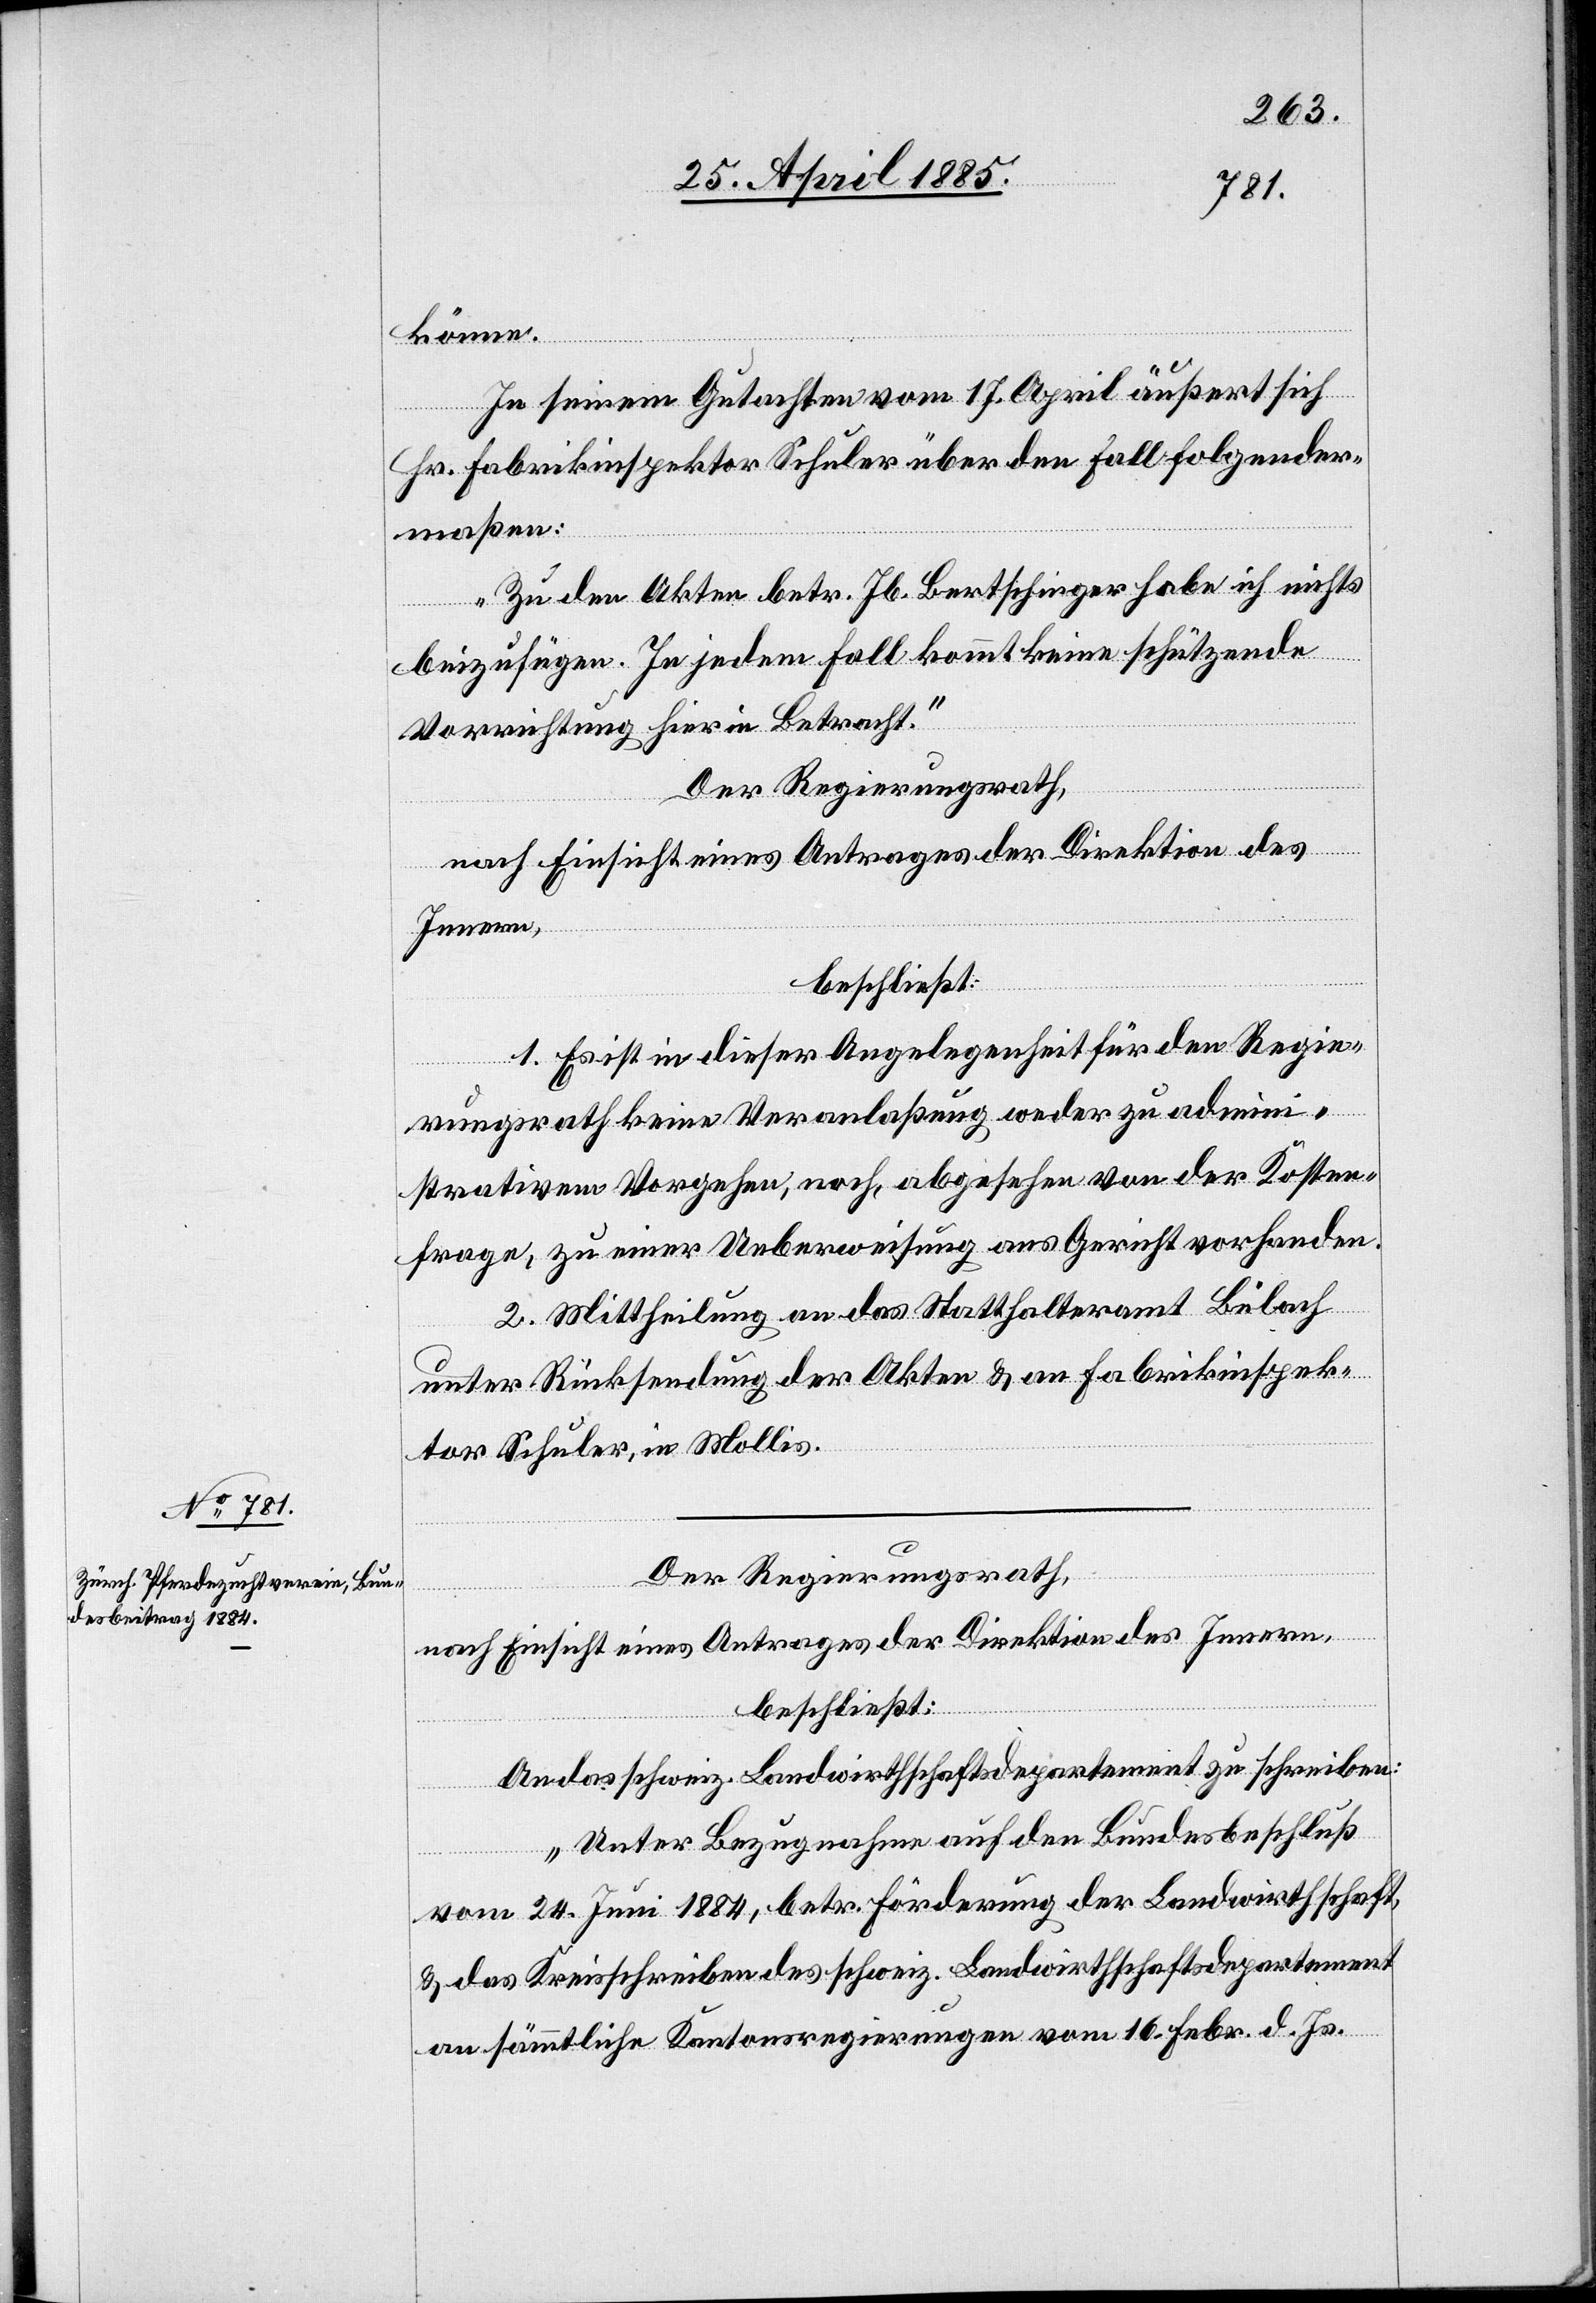
könne.
In seinem Gutachten vom 17. April äußert sich
Hr. Fabrikinspektor Schuler über den Fall folgender¬
maßen:
„Zu den Akten betr. Jb. Bertschinger habe ich nichts
beizufügen. In jedem Fall kommt keine schützende
Vorrichtung hier in Betracht.“
Der Regierungsrath,
nach Einsicht eines Antrages der Direktion des
Innern,
beschließt:
1. Es ist in dieser Angelegenheit für den Regie¬
rungsrath keine Veranlaßung weder zu admini¬
strativem Vorgehen, noch, abgesehen von der Kosten¬
frage, zu einer Ueberweisung ans Gericht vorhanden.
2. Mittheilung an das Statthalteramt Bülach
unter Rücksendung der Akten & an Fabrikinspek¬
tor Schuler, in Mollis.
Der Regierungsrath,
nach Einsicht eines Antrages der Direktion des Innern,
beschließt:
An das schweiz. Landwirthschaftsdepartement zu schreiben:
„Unter Bezugnahme auf den Bundesbeschluß
vom 24. Juni 1884, betr. Förderung der Landwirthschaft,
& das Kreisschreiben des schweiz. Landwirthschaftsdepartement
an sämmtliche Kantonsregierungen vom 16. Febr. d. Js.